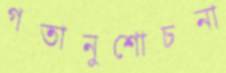
গতানুশোচনা